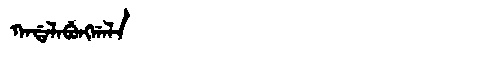
Manchu: ᡴᠠᡩᠠᠯᠠᠪᡠᠩᡤᠠᠯᠠ
Romanization: KADALABUNGGALA